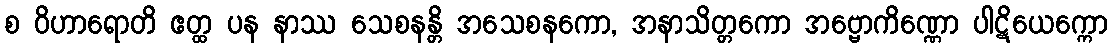
စ ဝိဟာရောတိ ဧတ္ထ ပန နာဿ သေစနန္တိ အသေစနကော, အနာသိတ္တကော အဗ္ဗောကိဏ္ဏော ပါဋိယေက္ကော